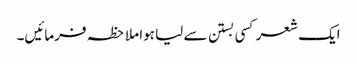
ایک شعر کسی بستن سے لیا ہوا ملاحظہ فرمائیں۔